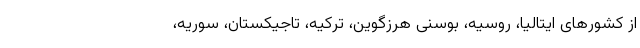
از کشورهای ایتالیا، روسیه، بوسنی هرزگوین، ترکیه، تاجیکستان، سوریه،